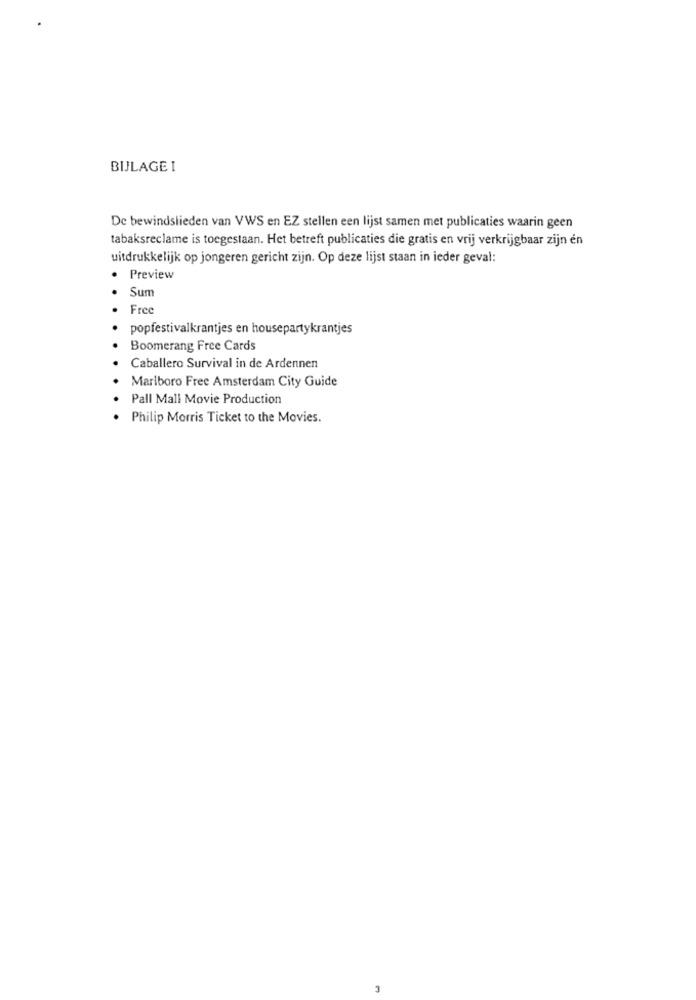
BIJLAGE I
De bewindslieden van VWS en EZ stellen een lijst samen met publicaties waarin geen
tabaksreclame is toegestaan. Het betreft publicaties die gratis en vrij verkrijgbaar zijn en
uitdrukkelijk op jongeren gericht zijn. Op deze lijst staan in ieder geval:
Preview
Sum
Free
popfestivalkrantjes en housepartykrantjes
Boomerang Free Cards
Caballero Survival in de Ardennen
Marlboro Free Amsterdam City Guide
Pall Mall Movie Production
Philip Morris Ticket to the Movies.
3